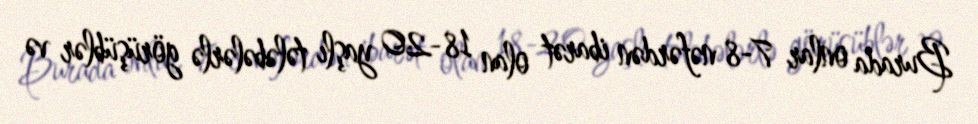
Burada onlar 7-8 nəfərdən ibarət olan 18-20 yaşlı tələbələrlə görüşüblər və